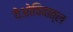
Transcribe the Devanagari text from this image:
येओचिवात्ल